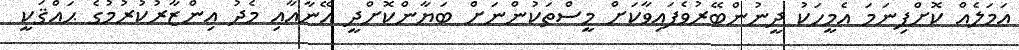
ޢަމަލެއް ކޮށްފިނަމަ އެމީހަކު ދީނުންބޭރުވެފައިވާކަށް މީސްތަކުންނަށް ބަޔާންކޮށްދީ އޭނާއާއި މެދު އިންޒާރުކުރުމުގެ ޙައްޤަކީ